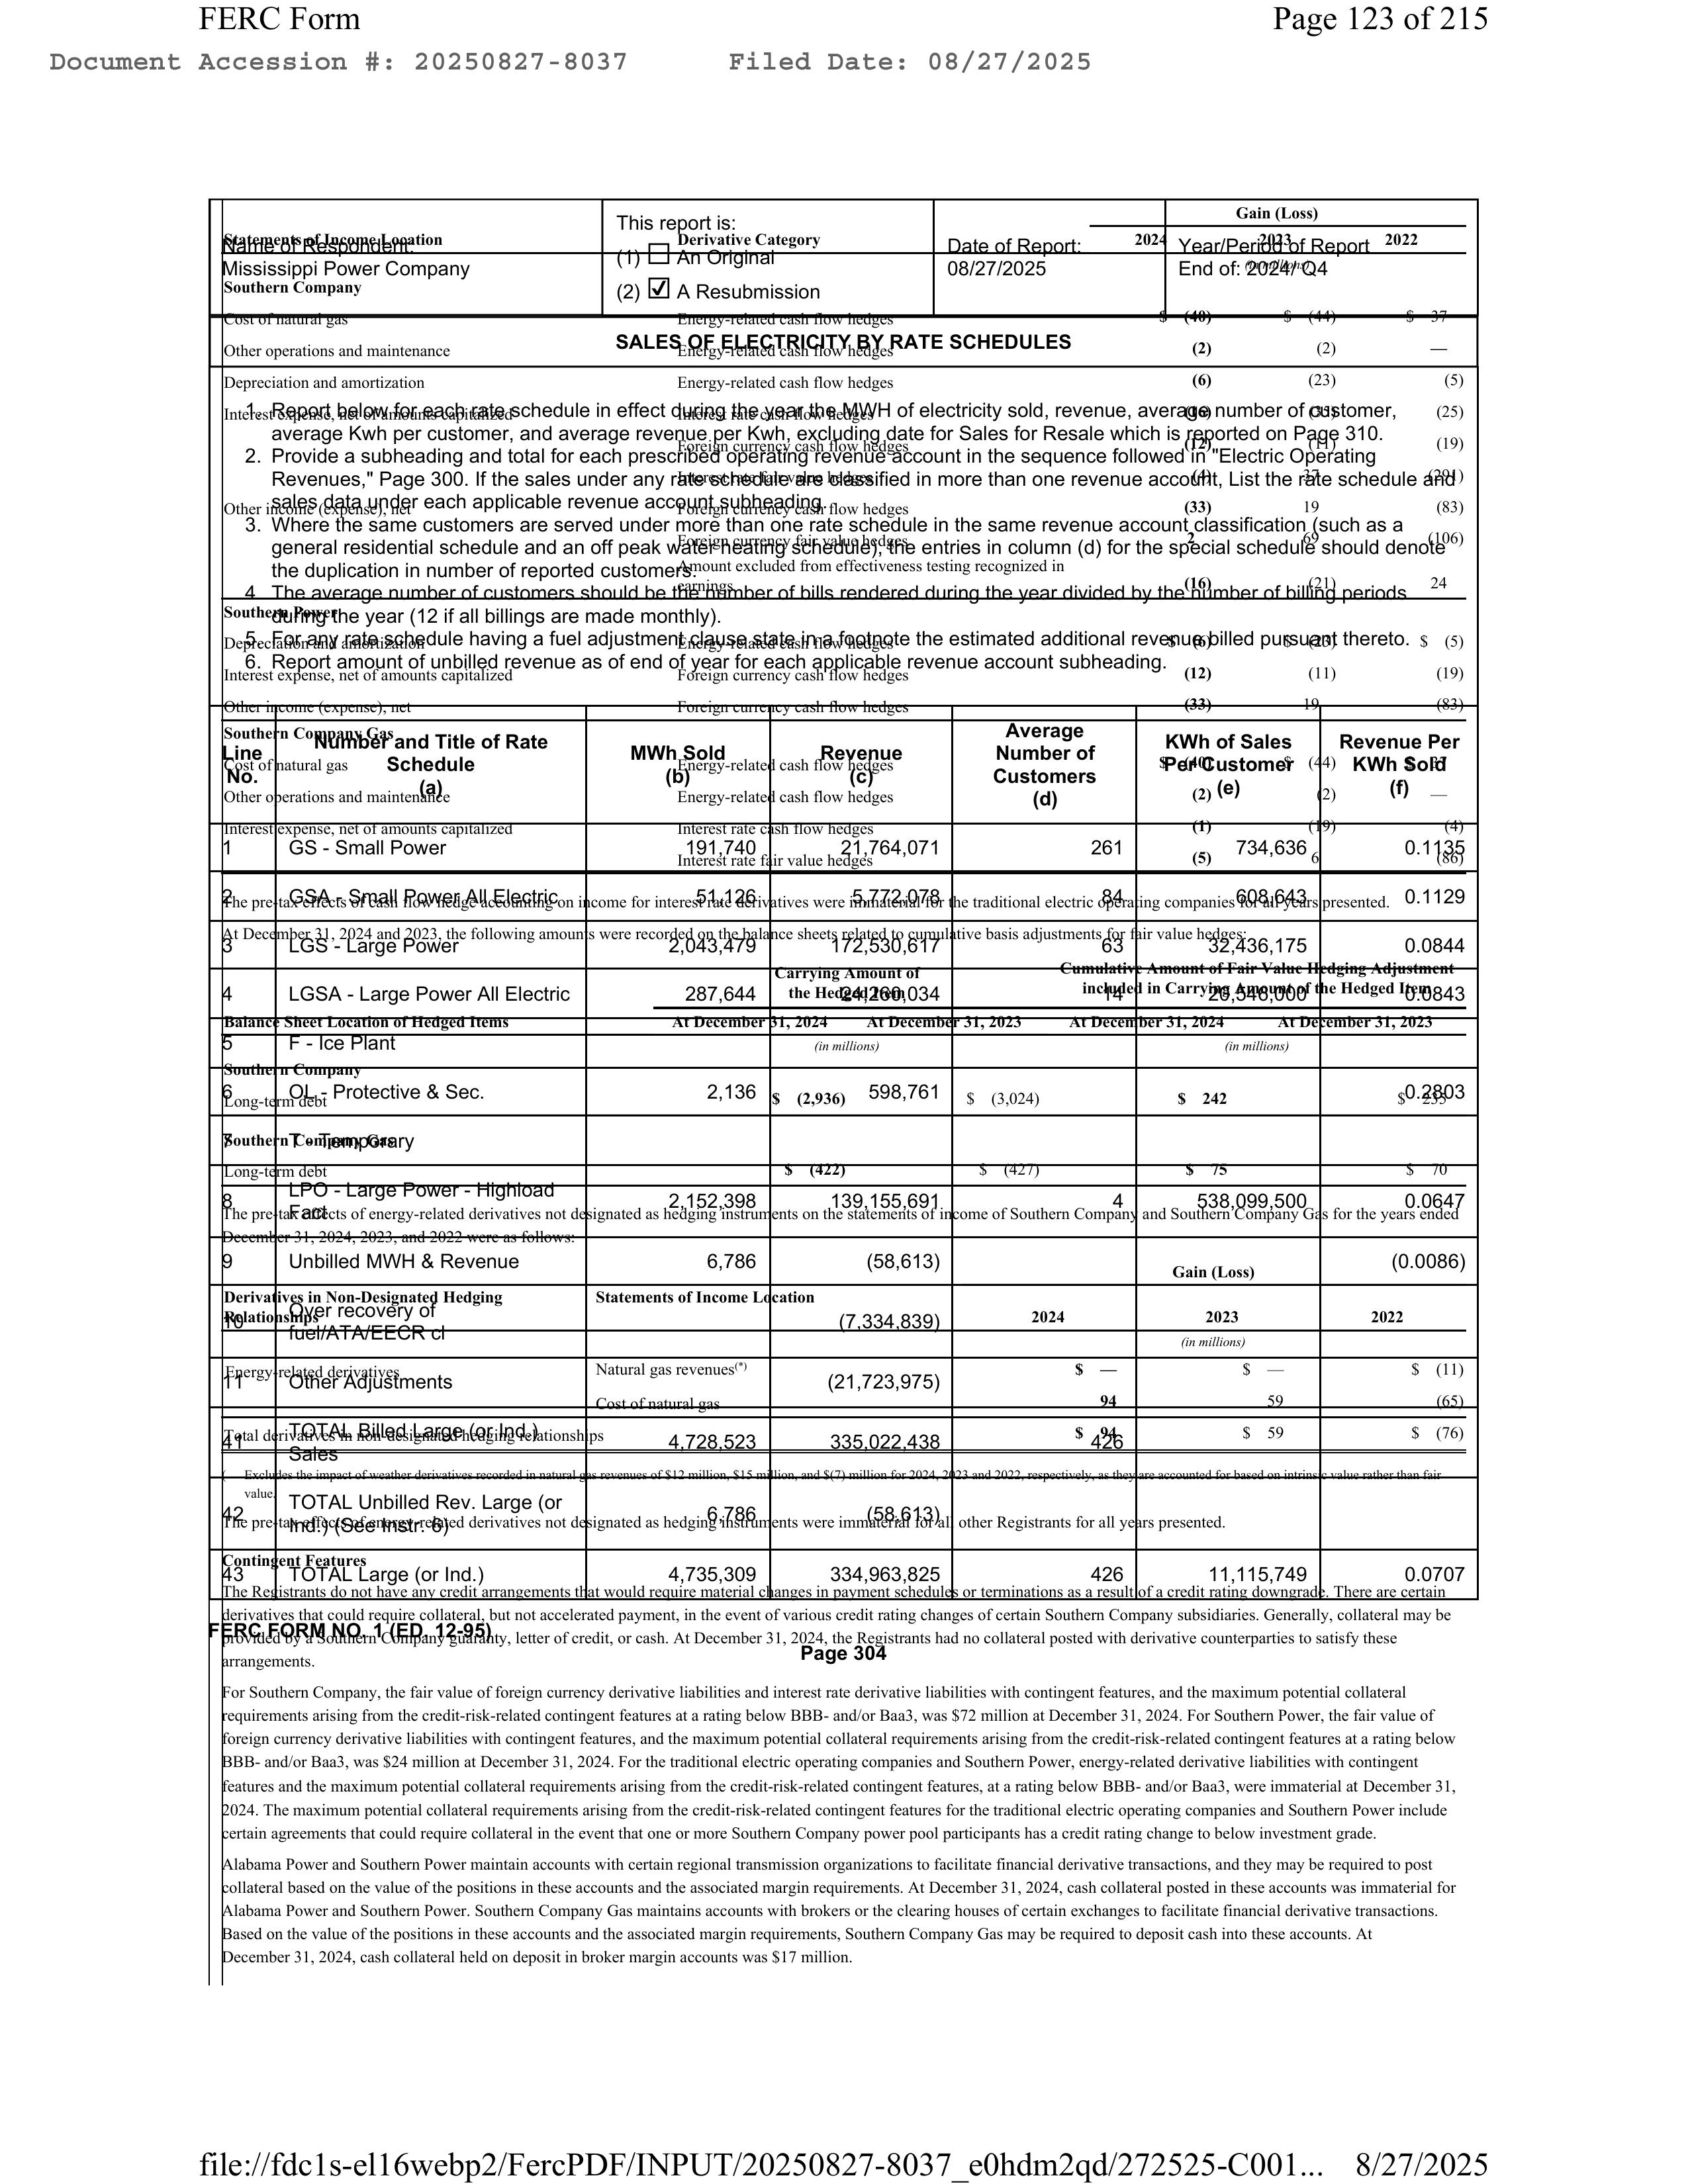
FERC Form                                                                                      Page 123 of 215
Document Accession #: 20250827-8037        Filed Date: 08/27/2025

                                                                                                    Gain (Loss)
                                          This report is:
Statement of Account Location             (1) ☐ An Original     Date of Report:     2024  Year/Period of Report   2022
Mississippi Power Company                  (2) ☑ A Resubmission  08/27/2025                End of: 2024/ Q4
Southern Company
Cost of natural gas                        Energy-related cash flow hedges                  (48)    $  (44)    $  39
Other operations and maintenance       SALES OF ELECTRICITY BY RATE SCHEDULES               (2)         (2)       —

Depreciation and amortization              Energy-related cash flow hedges                   (6)        (23)      (5)

Inst 1. Report below for each rate schedule in effect during the year the MWh of electricity sold, revenue, average number of customer,     (25)
     average Kwh per customer, and average revenue per Kwh, excluding date for Sales for Resale which is reported on Page 310.
  2. Provide a subheading and total for each prescribed operating revenue account in the sequence followed in "Electric Operating          (19)
     Revenues," Page 300. If the sales under any rate schedule are classified in more than one revenue account, List the rate schedule and
Other rates data under each applicable revenue account subheading. flow hedges                    39             19          (83)
  3. Where the same customers are served under more than one rate schedule in the same revenue account classification (such as a
     general residential schedule and an off peak water heating schedule), the entries in column (d) for the special schedule should denote
     the duplication in number of reported customers excluded from effectiveness testing recognized in                                     (16)
  4. The average number of customers should be the number of bills rendered during the year divided by the number of billing periods       24
     during the year (12 if all billings are made monthly).
Southern Company                                                                                                                     $  (5)
  5. For any rate schedule having a fuel adjustment clause state in a footnote the estimated additional revenue billed pursuant thereto. $  (5)
  6. Report amount of unbilled revenue as of end of year for each applicable revenue account subheading.
Interest expense, net of amounts capitalized          Foreign currency cash flow hedges             (12)        (11)        (19)
Other income (expense), net                    Foreign currency cash flow hedges                   (33)         19          (83)

Southern Company
Line  Number and Title of Rate        MWh Sold           Revenue          Average            KWh of Sales       Revenue Per
No.   Schedule                                                            Number of          Per Customer    (4) KWh Sold
      (a)                          Energy-related cash flow hedges         Customers
                                                                          (d)             (2) (e)            2)  (f)      —
Interest expense, net of amounts capitalized      Interest rate cash flow hedges
1     GS - Small Power                191,740         21,764,071           261            (5)  734,636            0.1135
                                      Interest rate fair value hedges                                                     (85)
The preceding LGSA - Small Power All Electric income for interest 126 deliveries were 5,772,078 the traditional electric operating companies 608,643 presented. 0.1129
At December 31, 2024 and 2023, the following amounts were recorded in the balance sheet related to cumulative basis adjustments for fair value hedges:
3     LGSA - Large Power              2,043,479       72,500,617           63                  32,436,175         0.0844
                                                                Carrying Amount of      Cumulative Amount of Fair Value Hedging Adjustment
4     LGSA - Large Power All Electric  287,644     the Hedged 034  At December 31, 2024  included in Carrying Amount of the Hedged Item 0.0843

Balance Sheet Location of Hedged Items              At December 31, 2024    At December 31, 2023    At December 31, 2024       At December 31, 2025
5     P - Ice Plant                                                           (in millions)                                      (in millions)

Southern Company
6     OL - Protective & Sec.            2,136     $  (2,936)  598,761     $  (3,024)         $  242                          $0.2803

Southern Company Energy
Long-term debt                                         $  (422)             $  (427)              $  78             $  70
8     LP - Large Power - Highload     2,152,398       139,155,661            4                    538,099,500         0.0647
The pretax effects of energy-related derivatives not designated as hedging instruments on the statements of income of Southern Company and Southern Company Gas for the years ended
December 31, 2024, 2023, and 2022 were as follows:
9     Unbilled MWH & Revenue            6,786          (58,613)                              Gain (Loss)           (0.0086)

Derivatives in Non-Designated Hedging                Statements of Income Location
Relationships                                                                                 2024          2023          2022
Fuel/ATA/EECR cl                                                 (7,334,839)                                          (in millions)

Energy-related derivatives                     Natural gas revenues(*)            $  —                  $  —       $  (11)
       Other Adjustments                                         (21,723,975)                  94           59          (65)
                                               Cost of natural gas                                                     (76)
Total or TOTAL Billed Large (or Ind.) Relationships                   $  426         $  59       $  (76)
       Sales                          4,728,523       335,022,438     $  426         $  59       $  (76)
  Excludes the impact of weather derivatives recorded in natural gas revenues of $12 million, $15 million, and $73 million for 2024, 2023, and 2022, respectively, as they are accounted for based on intrinsic value rather than fair
The pretax effects of derivatives not designated as hedging instruments were immaterial for all other Registrants for all years presented.
value TOTAL Unbilled Rev. Large (or          6,786       (58,613)
       Ind.) (See Instr. 6)
Continued  Continued
Gas   TOTAL Large (or Ind.)            4,735,309       334,963,825         426              11,115,749          0.0707
The Registrants do not have any credit arrangements that would require material changes in payment schedules or terminations as a result of a credit rating downgrade. There are certain
agreements that could require collateral, but not accelerated payment, in the event of various credit rating changes of certain Southern Company subsidiaries. Generally, collateral may be
FERC FORM NO. 1 (ED. 12-96)                      Page 304
posted in the form of cash or letter of credit, or cash. At December 31, 2024, the Registrants had no collateral posted with derivative counterparties to satisfy these
arrangements.

For Southern Company, the fair value of foreign currency derivative liabilities and interest rate derivative liabilities with contingent features, and the maximum potential collateral
requirements arising from the credit-risk-related contingent features at a rating below BBB- and/or Baa3, was $72 million at December 31, 2024. For Southern Power, the fair value of
foreign currency derivative liabilities with contingent features, and the maximum potential collateral requirements arising from the credit-risk-related contingent features at a rating below
BBB- and/or Baa3, was $24 million at December 31, 2024. For the traditional electric operating companies and Southern Power, energy-related derivative liabilities with contingent
features and the maximum potential collateral requirements arising from the credit-risk-related contingent features, at a rating below BBB- and/or Baa3, were immaterial at December 31,
2024. The maximum potential collateral requirements arising from the credit-risk-related contingent features for the traditional electric operating companies and Southern Power include
certain agreements that could require collateral in the event that one or more Southern Company power pool participants has a credit rating change to below investment grade.

Alabama Power and Southern Power maintain accounts with certain regional transmission organizations to facilitate financial derivative transactions, and they may be required to post
collateral based on the value of the positions in these accounts and the associated margin requirements. At December 31, 2024, cash collateral posted in these accounts was immaterial for
Alabama Power and Southern Power. Southern Company Gas maintains accounts with brokers or the clearing houses of certain exchanges to facilitate financial derivative transactions.
Based on the value of the positions in these accounts and the associated margin requirements, Southern Company Gas may be required to deposit cash into these accounts. At
December 31, 2024, cash collateral held on deposit in broker margin accounts was $17 million.

file://fdc1s-el16webp2/FercPDF/INPUT/20250827-8037_e0hdm2qd/272525-C001...   8/27/2025